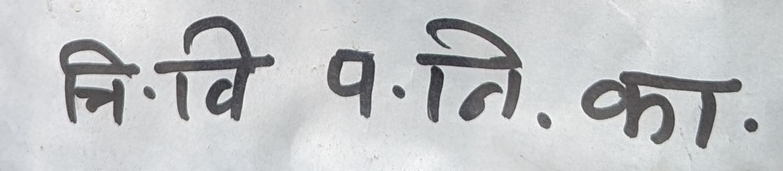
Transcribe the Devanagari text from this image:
नि. वि प.नि. का.